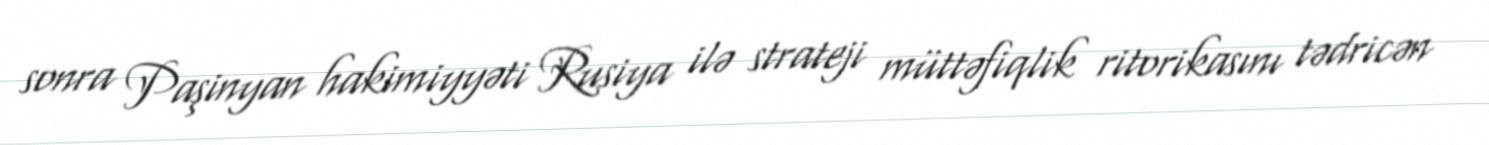
sonra Paşinyan hakimiyyəti Rusiya ilə strateji müttəfiqlik ritorikasını tədricən